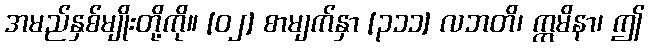
အမည်နှစ်မျိုးတို့ကို။ [၀၂] စာမျက်နှာ [၃၁၁] လဘတိ၊ ဣမိနာ၊ ဤ